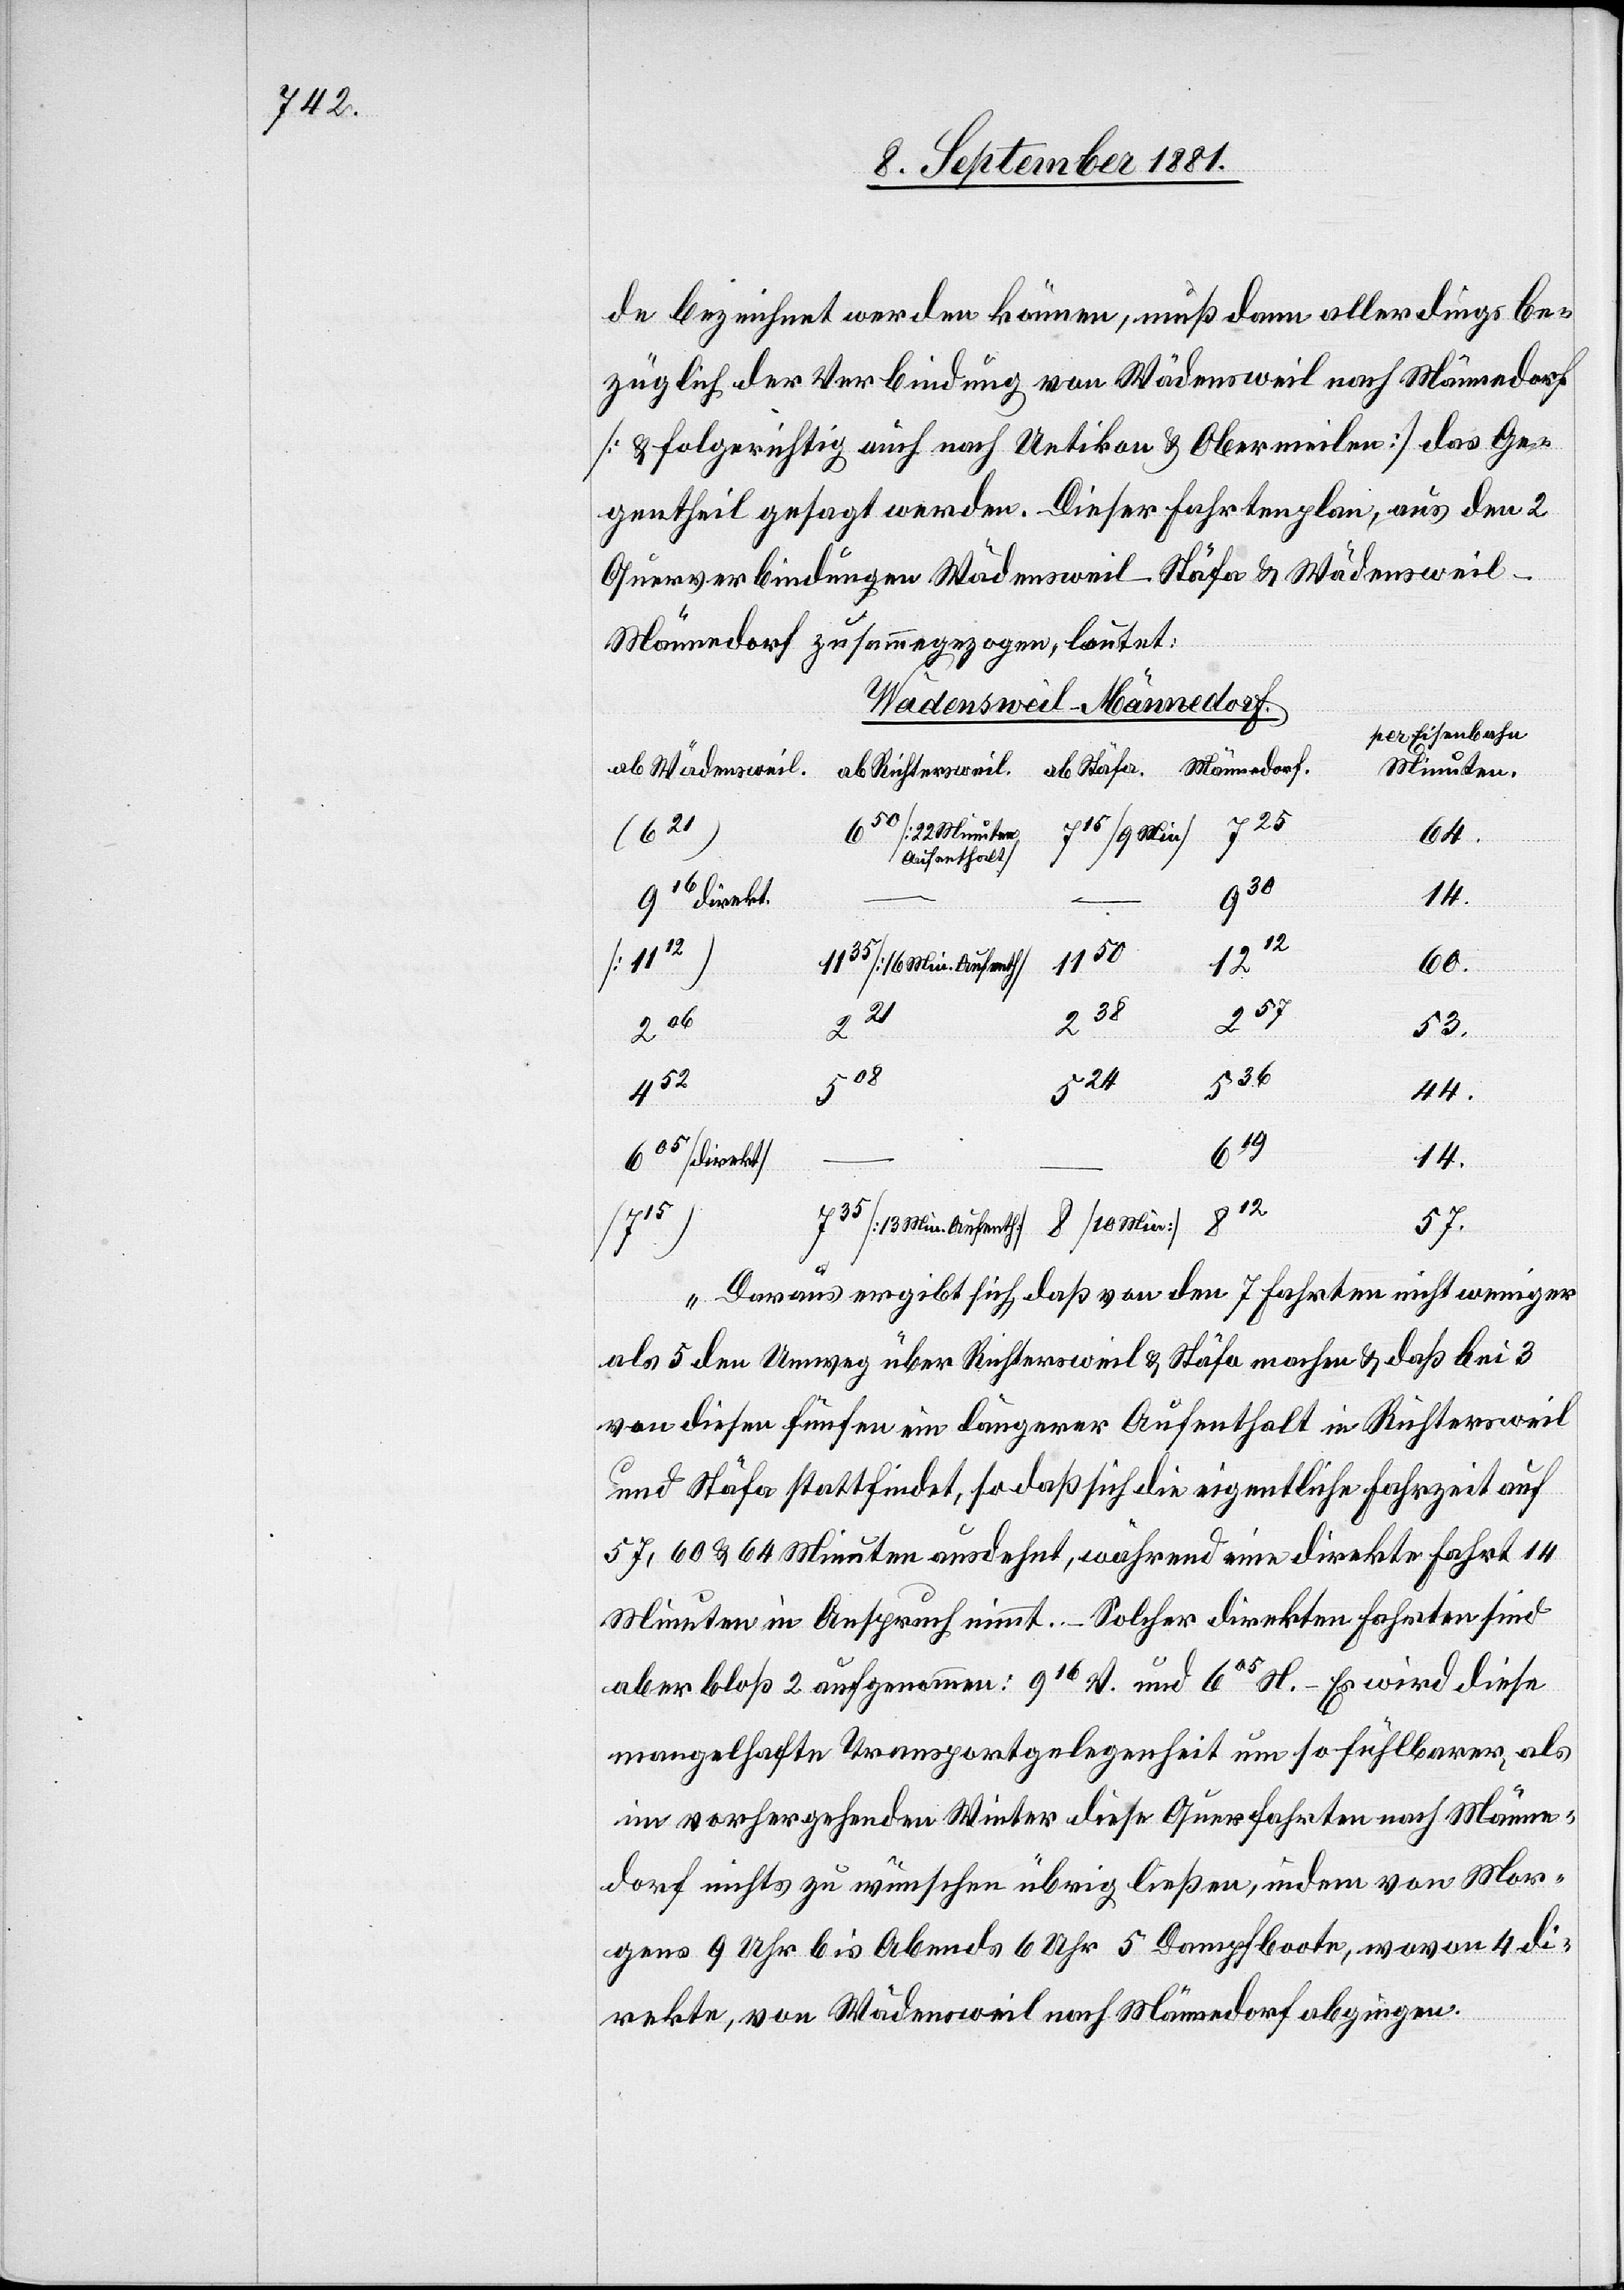
de bezeichnet werden können, muß dann allerdings be¬
züglich der Verbindung von Wädensweil nach Männedorf
[& folgerichtig auch nach Uetikon & Obermeilen] das Ge¬
gentheil gesagt werden. Dieser Fahrtenplan, aus den 2
Querverbindungen Wädensweil–Stäfa & Wädensweil–M¬
ännedorf zusammengezogen, lautet:
Wädensweil–Männedorf.
per Eisenbahn
Männedorf
Minuten
221
(621)
chtersweil.
64.
Aufenthalt]
8
14.
916 direkt.
735
[13 Min.
60.
Min]
812
57.
–
[22
524
536
44.
619
14.
605 [direkt]
sweil.
Daraus ergibt sich, daß von den 7 Fahrten nicht weniger
als 5 der Umweg über Richtersweil & Stäfa machen & daß bei 3
von diesen fünfen ein längerer Aufenthalt in Richtersweil
und Stäfa stattfindet, so daß sich die eigentliche Fahrzeit auf
57, 60 & 64 Minuten ausdehnt, während eine direkte Fahrt 14
Minuten in Anspruch nimmt.– Solcher direkten Fahrten sind
aber bloß 2 aufgenommen: 916 V. und 605 N. – Es wird diese
mangelhafte Transportgelegenheit um so fühlbarer, als
im vorhergehenden Winter diese Querfahrten nach Männe¬
dorf nichts zu wünschen übrig ließen, indem von Mor¬
gens 9 Uhr bis Abends 6 Uhr 5 Dampfboote, wovon 4 di¬
rekte, von Wädensweil nach Männedorf abgingen.